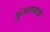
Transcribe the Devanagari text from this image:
गुंतवण्याचे